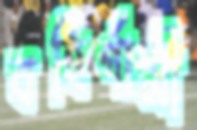
বহির্গামী